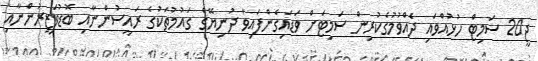
ޖީ20 ސަމިޓް ހުޅުއްވައި ދެއްވުމުގެކުރިން ސަމިޓަށް ވަޑައިގެންފައިވާ ދުނިޔޭގެ ގައުމުތަކުގެ ރައީސުންނާއި ބޮޑުވަޒީރުންނާއި